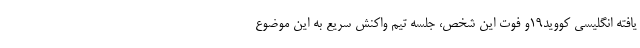
یافته انگلیسی کووید۱۹و فوت این شخص، جلسه تیم واکنش سریع به این موضوع